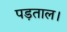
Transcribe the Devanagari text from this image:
पड़ताल।